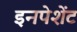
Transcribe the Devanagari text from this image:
इनपेशेंट